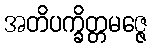
အတိပက္ခိတ္တမဇ္ဇေ